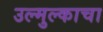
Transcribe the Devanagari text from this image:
उल्मुल्काचा